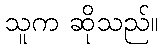
သူက ဆိုသည်။